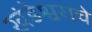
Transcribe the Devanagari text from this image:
खंडेश्वराचे